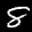
Label: 8